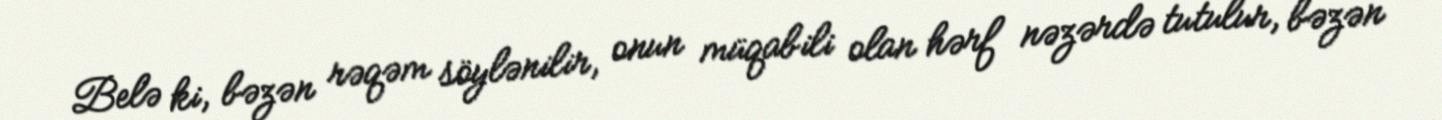
Belə ki, bəzən rəqəm söylənilir, onun müqabili olan hərf nəzərdə tutulur, bəzən